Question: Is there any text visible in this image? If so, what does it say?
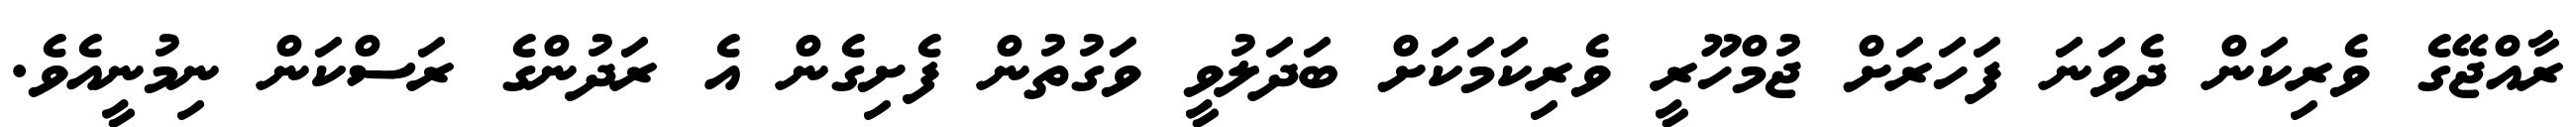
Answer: ރާއްޖޭގެ ވެރިކަން ދެވަނަ ފަހަރަށް ޖުމްހޫރީ ވެރިކަމަކަށް ބަދަލުވީ ވަގުތުން ފެށިގެން އެ ރަދުންގެ ރަސްކަން ނިމުނީއެވެ.